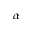
\alpha